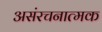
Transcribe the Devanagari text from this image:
असंरचनात्मक